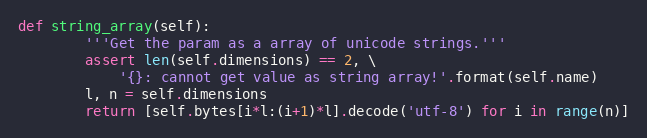
Language: Python
def string_array(self):
        '''Get the param as a array of unicode strings.'''
        assert len(self.dimensions) == 2, \
            '{}: cannot get value as string array!'.format(self.name)
        l, n = self.dimensions
        return [self.bytes[i*l:(i+1)*l].decode('utf-8') for i in range(n)]